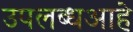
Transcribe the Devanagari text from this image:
उपलब्धआहे